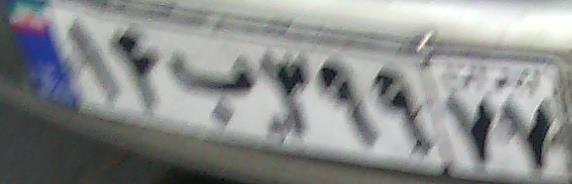
۱۴ب۳۹۹۷۷